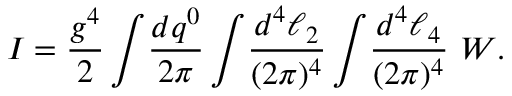
{ \cal I } = { \frac { g ^ { 4 } } { 2 } } \int \! { \frac { d q ^ { 0 } } { 2 \pi } } \int \! { \frac { d ^ { 4 } \ell _ { 2 } } { ( 2 \pi ) ^ { 4 } } } \int \! { \frac { d ^ { 4 } \ell _ { 4 } } { ( 2 \pi ) ^ { 4 } } } \ { \cal W } .